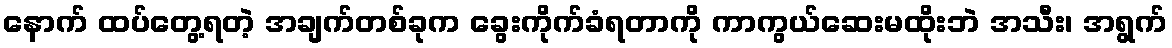
နောက် ထပ်တွေ့ရတဲ့ အချက်တစ်ခုက ခွေးကိုက်ခံရတာကို ကာကွယ်ဆေးမထိုးဘဲ အသီး၊ အရွက်